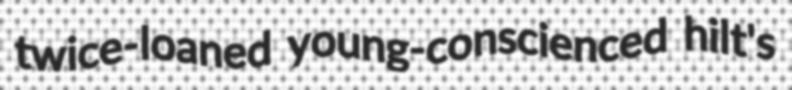
twice-loaned young-conscienced hilt's